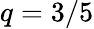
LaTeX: q=3/5